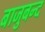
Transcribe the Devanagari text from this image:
बाजुबन्द